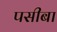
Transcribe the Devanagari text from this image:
पसीबा